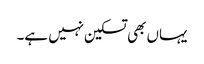
یہاں بھی تسکین نہیں ہے۔